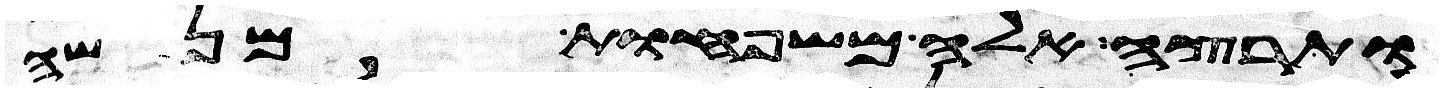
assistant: ותרצה אלה משפחות מנשה